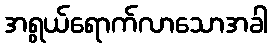
အရွယ်ရောက်လာသောအခါ